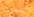
احضرتها